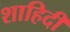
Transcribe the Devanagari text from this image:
शाहिदी